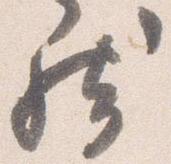
然